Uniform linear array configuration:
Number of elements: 48
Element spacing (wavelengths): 0.75
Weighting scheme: cosine
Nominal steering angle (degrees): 0
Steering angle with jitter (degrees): -1.639
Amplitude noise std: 0.05
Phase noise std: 0.05

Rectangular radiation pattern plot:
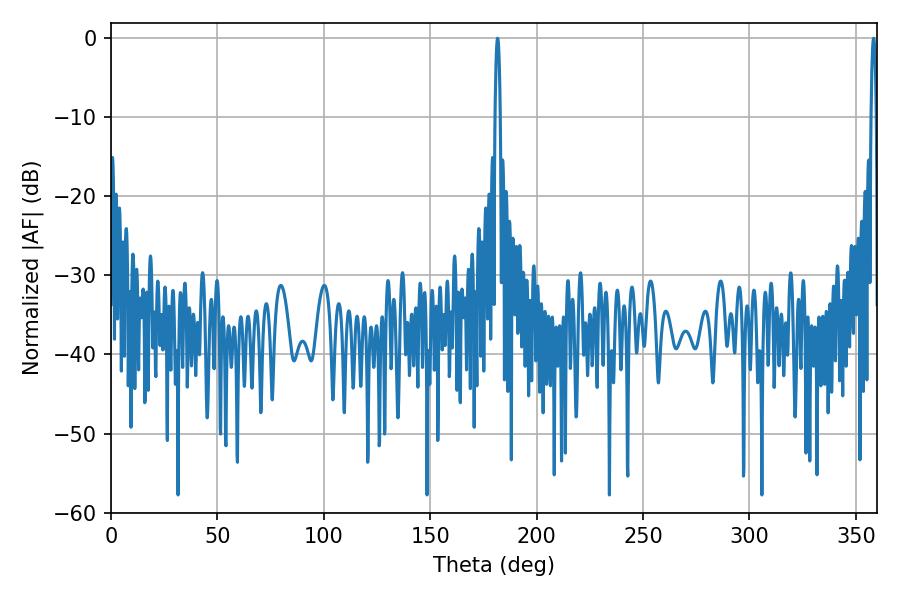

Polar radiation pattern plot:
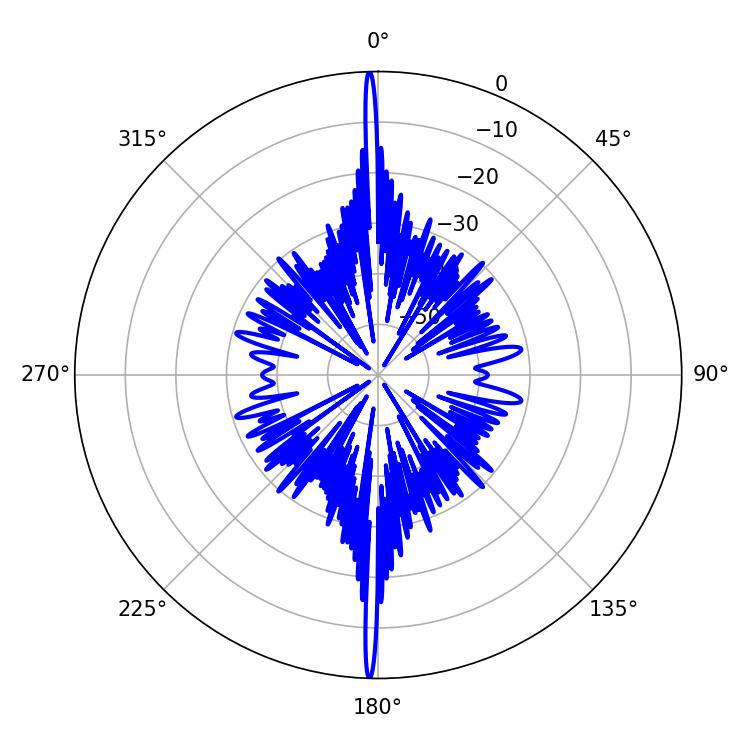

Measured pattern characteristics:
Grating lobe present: TRUE
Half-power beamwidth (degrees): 1.26
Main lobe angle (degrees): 358.38